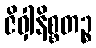
ဇိဝှါနိစ္စတဉ္စ